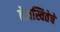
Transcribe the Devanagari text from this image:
तेजस्वितेचे